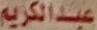
عبدالكریم